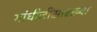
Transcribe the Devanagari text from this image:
गांधीजींसारख्या